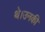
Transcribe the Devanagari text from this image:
थे।उनकी